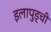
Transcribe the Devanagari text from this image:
इलापुड्ची